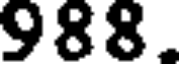
988.